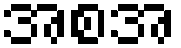
အစအ